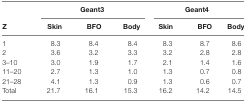
<table><thead><tr><td></td><td colspan="3"><b>Geant3</b></td><td colspan="3"><b>Geant4</b></td></tr><tr><td><b>Z</b></td><td><b>Skin</b></td><td><b>BFO</b></td><td><b>Body</b></td><td><b>Skin</b></td><td><b>BFO</b></td><td><b>Body</b></td></tr></thead><tbody><tr><td>1</td><td>8.3</td><td>8.4</td><td>8.4</td><td>8.3</td><td>8.7</td><td>8.6</td></tr><tr><td>2</td><td>3.6</td><td>3.2</td><td>3.3</td><td>3.2</td><td>2.8</td><td>2.8</td></tr><tr><td>3–10</td><td>3.0</td><td>1.9</td><td>1.7</td><td>2.1</td><td>1.4</td><td>1.6</td></tr><tr><td>11–20</td><td>2.7</td><td>1.3</td><td>1.0</td><td>1.3</td><td>0.7</td><td>0.8</td></tr><tr><td>21–28</td><td>4.1</td><td>1.3</td><td>0.9</td><td>1.3</td><td>0.6</td><td>0.7</td></tr><tr><td>Total</td><td>21.7</td><td>16.1</td><td>15.3</td><td>16.2</td><td>14.2</td><td>14.5</td></tr></tbody></table>